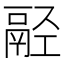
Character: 𩰰